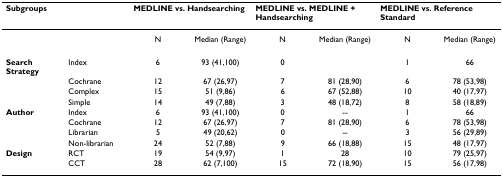
<table><thead><tr><td><b>Subgroups</b></td><td></td><td colspan="2"><b>MEDLINE vs. Handsearching</b></td><td colspan="2"><b>MEDLINE vs. MEDLINE + Handsearching</b></td><td colspan="2"><b>MEDLINE vs. Reference Standard</b></td></tr></thead><tbody><tr><td></td><td></td><td>N</td><td>Median (Range)</td><td>N</td><td>Median (Range)</td><td>N</td><td>Median (Range)</td></tr><tr><td><b>Search Strategy</b></td><td>Index</td><td>6</td><td>93 (41,100)</td><td>0</td><td></td><td>1</td><td>66</td></tr><tr><td></td><td>Cochrane</td><td>12</td><td>67 (26,97)</td><td>7</td><td>81 (28,90)</td><td>6</td><td>78 (53,98)</td></tr><tr><td></td><td>Complex</td><td>15</td><td>51 (9,86)</td><td>6</td><td>67 (52,88)</td><td>10</td><td>40 (17,97)</td></tr><tr><td></td><td>Simple</td><td>14</td><td>49 (7,88)</td><td>3</td><td>48 (18,72)</td><td>8</td><td>58 (18,89)</td></tr><tr><td><b>Author</b></td><td>Index</td><td>6</td><td>93 (41,100)</td><td>0</td><td>--</td><td>1</td><td>66</td></tr><tr><td></td><td>Cochrane</td><td>12</td><td>67 (26,97)</td><td>7</td><td>81 (28,90)</td><td>6</td><td>78 (53,98)</td></tr><tr><td></td><td>Librarian</td><td>5</td><td>49 (20,62)</td><td>0</td><td>--</td><td>3</td><td>56 (29,89)</td></tr><tr><td></td><td>Non-librarian</td><td>24</td><td>52 (7,88)</td><td>9</td><td>66 (18,88)</td><td>15</td><td>48 (17,97)</td></tr><tr><td><b>Design</b></td><td>RCT</td><td>19</td><td>54 (9,97)</td><td>1</td><td>28</td><td>10</td><td>79 (25,97)</td></tr><tr><td></td><td>CCT</td><td>28</td><td>62 (7,100)</td><td>15</td><td>72 (18,90)</td><td>15</td><td>56 (17,98)</td></tr></tbody></table>